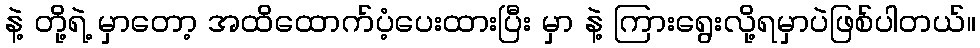
နဲ့ တို့ရဲ့ မှာတော့ အထိထောက်ပံ့ပေးထားပြီး မှာ နဲ့ ကြားရွေးလို့ရမှာပဲဖြစ်ပါတယ်။